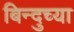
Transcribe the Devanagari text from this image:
बिन्दुच्या